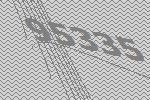
95335